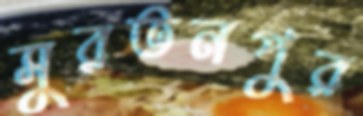
সুরতনপুর